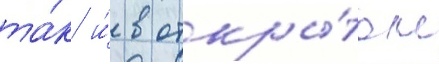
та́к и́ в откры́том